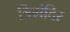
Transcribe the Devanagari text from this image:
त्रिमंदिर